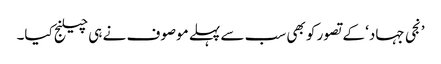
’نجی جہاد‘ کے تصور کو بھی سب سے پہلے موصوف نے ہی چیلنج کیا۔